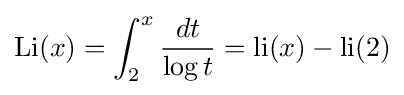
\operatorname {Li} (x)=\int _{2}^{x}{\frac {dt}{\log t}}=\operatorname {li} (x)-\operatorname {li} (2)